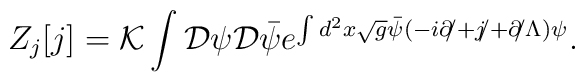
Z_j[j]= {\cal K}\int{\cal D}\psi{\cal D}\bar{\psi}e^{\int d^2x\sqrt{g} \bar\psi(-i{\partial\!\!/} +{j\!\!/} + {\partial\!\!/\Lambda})\psi } .